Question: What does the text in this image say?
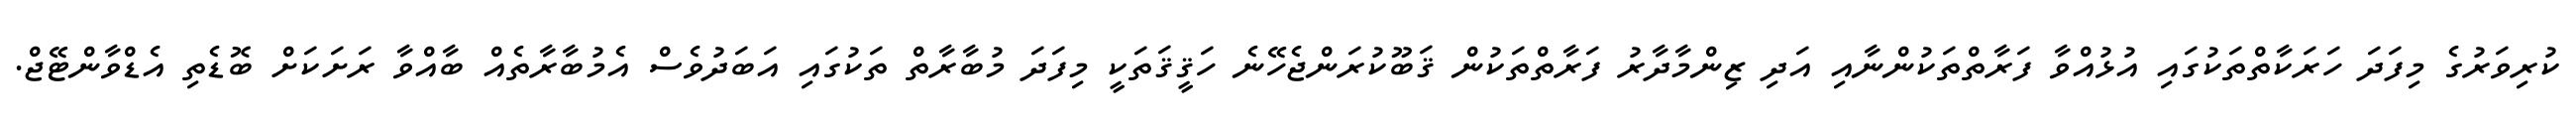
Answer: ކުރިވަރުގެ މިފަދަ ހަރަކާތްތަކުގައި އުޅުއްވާ ފަރާތްތަކުންނާއި އަދި ޒިންމާދާރު ފަރާތްތަކުން ޤަބޫކުރަންޖެހޭނެ ހަޤީޤަތަކީ މިފަދަ މުބާރާތް ތަކުގައި އަބަދުވެސް އެމުބާރާތެއް ބާއްވާ ރަށަކަށް ބޮޑެތި އެޑްވާންޓޭޖް.